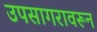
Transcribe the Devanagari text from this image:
उपसागरावरून